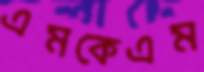
এমকেএম